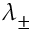
\lambda _ { \pm }